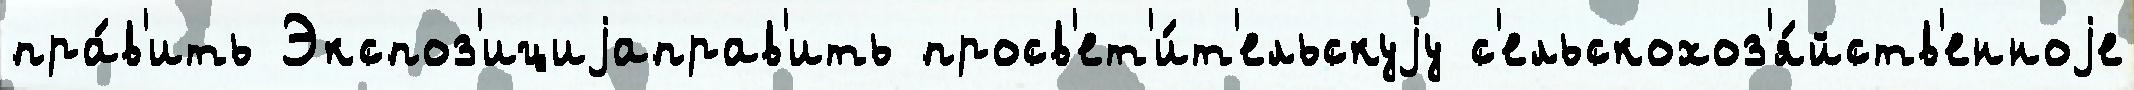
пра́в'ить Экспоз'ициjаправ'ить просв'ет'и́т'ельскуjу с'ельскохоз'я́йств'енноjе